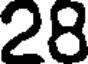
28